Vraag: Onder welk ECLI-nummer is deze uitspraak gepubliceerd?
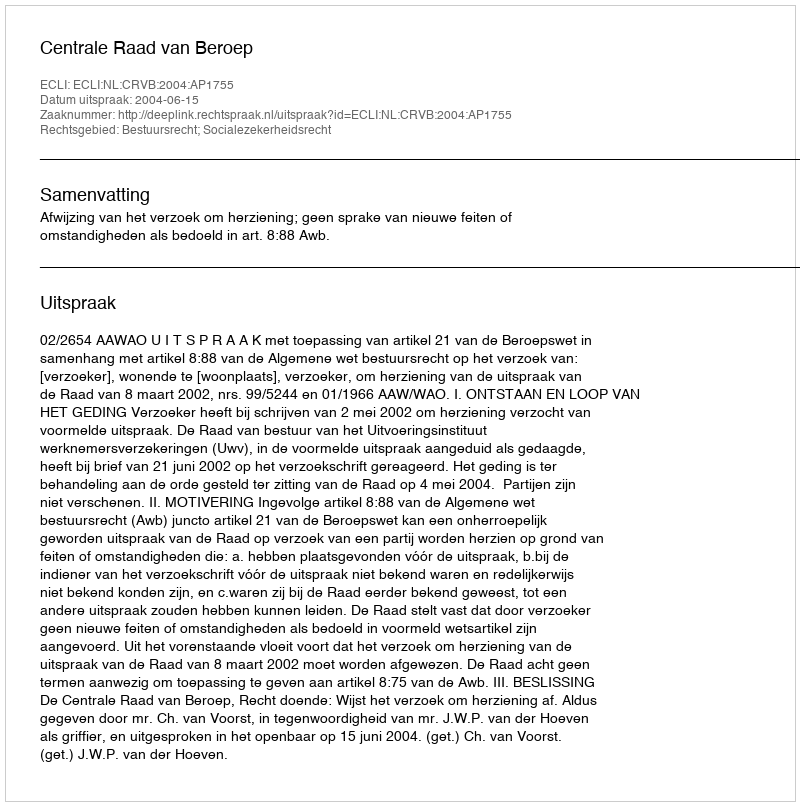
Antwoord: ECLI:NL:CRVB:2004:AP1755